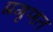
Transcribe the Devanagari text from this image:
प्रगृणत